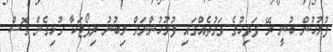
ފުލުހުން ބުނީ ރޭ ފަތިހުގެ ވަގުތެއްގައި ފުލުހުންނަށް ލިބުނު ރިޕޯޓަކާ ގުޅިގެން ގޮސް